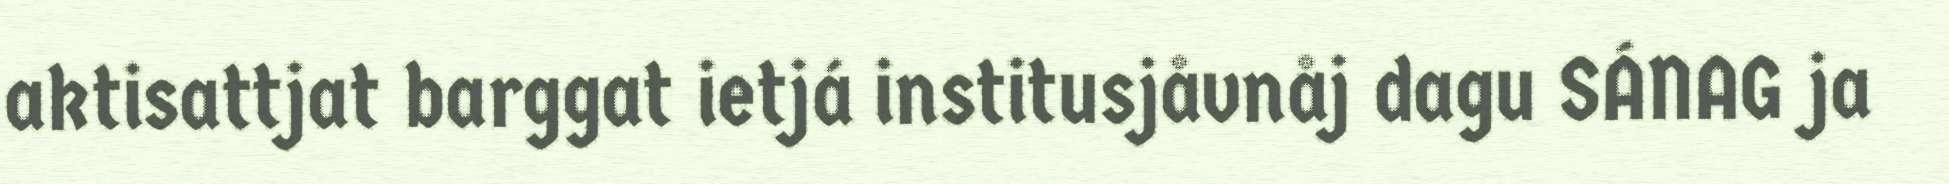
aktisattjat barggat ietjá institusjåvnåj dagu SÁNAG ja